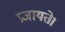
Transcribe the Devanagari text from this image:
प्रजायते।